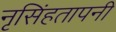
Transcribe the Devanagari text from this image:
नृसिंहतापनी